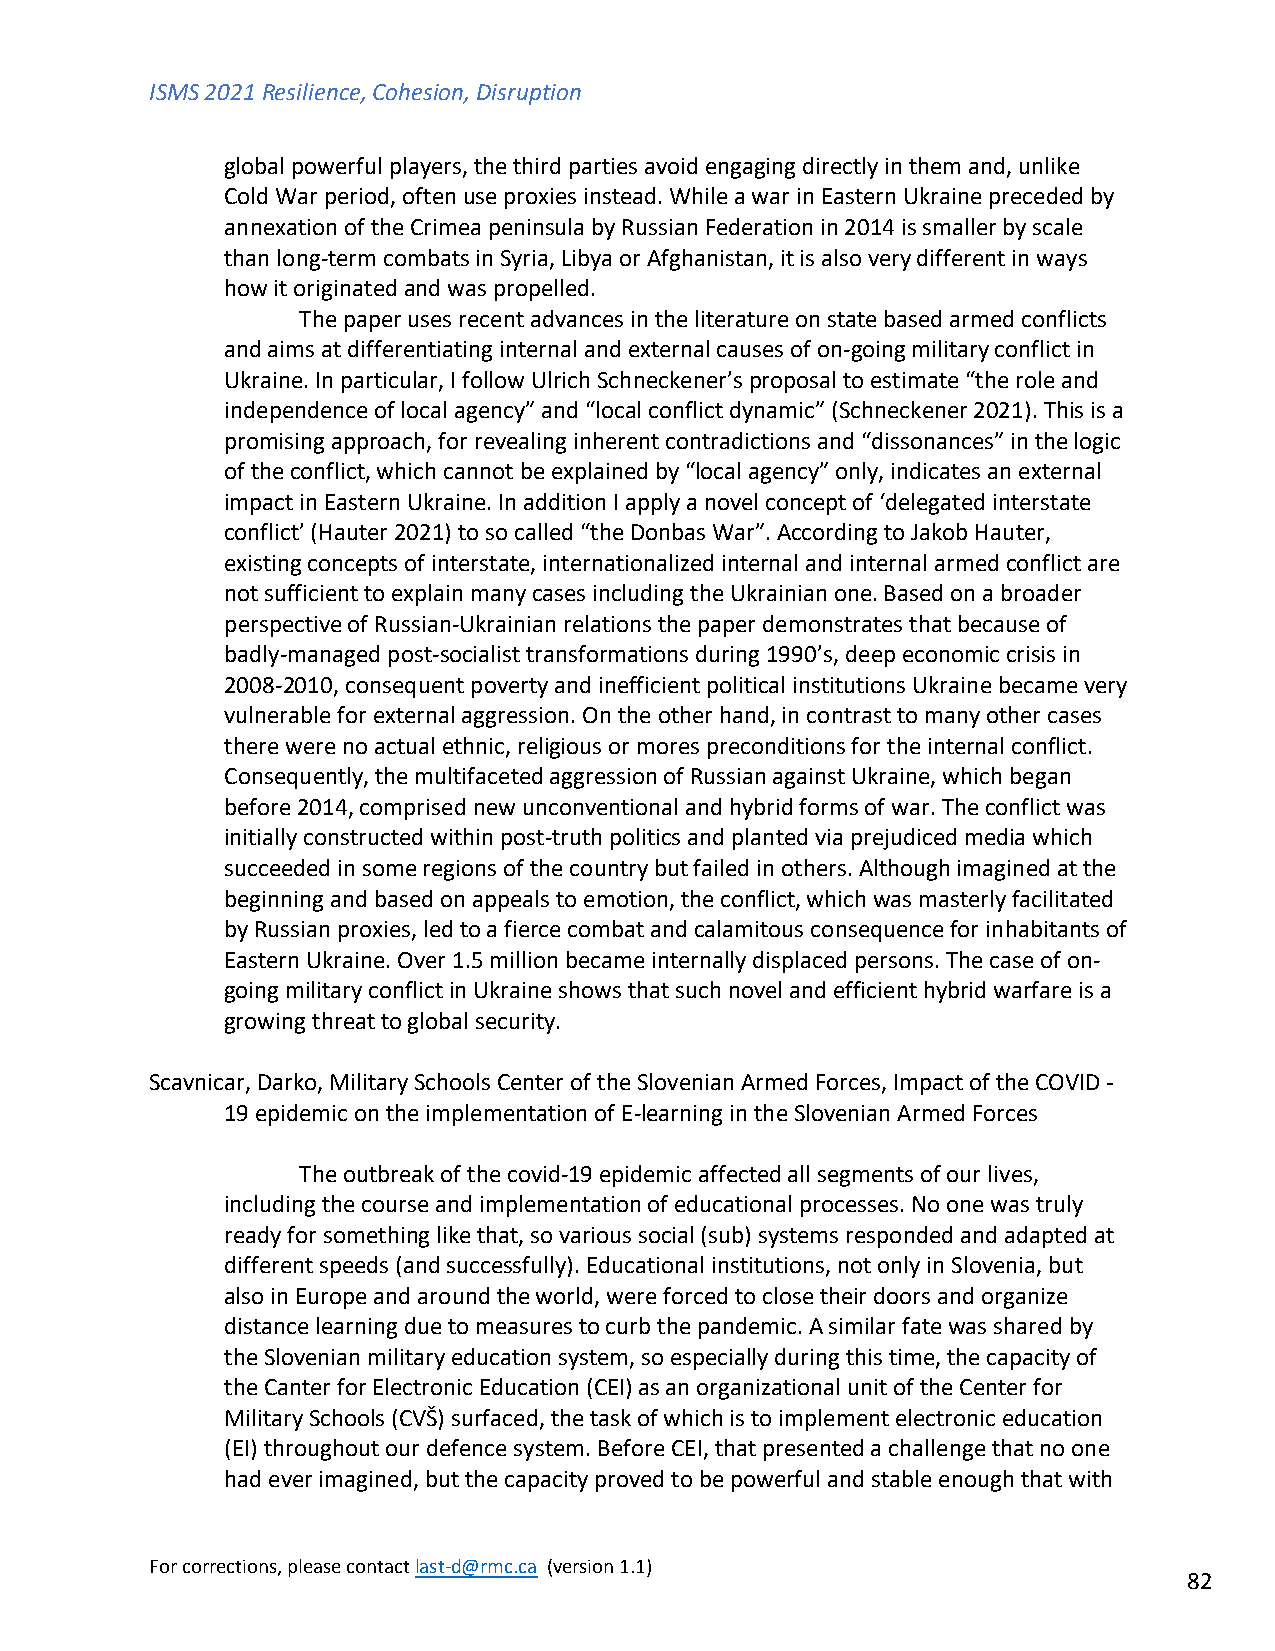
ISMS 2021 Resilience, Cohesion, Disruption
 global powerful players, the third parties avoid engaging directly in them and, unlike
 Cold War period, often use proxies instead. While a war in Eastern Ukraine preceded by
 annexation of the Crimea peninsula by Russian Federation in 2014 is smaller by scale
 than long-term combats in Syria, Libya or Afghanistan, it is also very different in ways
 how it originated and was propelled.
 The paper uses recent advances in the literature on state based armed conflicts
 and aims at differentiating internal and external causes of on-going military conflict in
 Ukraine. In particular, I follow Ulrich Schneckener’s proposal to estimate “the role and
 independence of local agency” and “local conflict dynamic” (Schneckener 2021). This is a
 promising approach, for revealing inherent contradictions and “dissonances” in the logic
 of the conflict, which cannot be explained by “local agency” only, indicates an external
 impact in Eastern Ukraine. In addition I apply a novel concept of ‘delegated interstate
 conflict’ (Hauter 2021) to so called “the Donbas War”. According to Jakob Hauter,
 existing concepts of interstate, internationalized internal and internal armed conflict are
 not sufficient to explain many cases including the Ukrainian one. Based on a broader
 perspective of Russian-Ukrainian relations the paper demonstrates that because of
 badly-managed post-socialist transformations during 1990’s, deep economic crisis in
 2008-2010, consequent poverty and inefficient political institutions Ukraine became very
 vulnerable for external aggression. On the other hand, in contrast to many other cases
 there were no actual ethnic, religious or mores preconditions for the internal conflict.
 Consequently, the multifaceted aggression of Russian against Ukraine, which began
 before 2014, comprised new unconventional and hybrid forms of war. The conflict was
 initially constructed within post-truth politics and planted via prejudiced media which
 succeeded in some regions of the country but failed in others. Although imagined at the
 beginning and based on appeals to emotion, the conflict, which was masterly facilitated
 by Russian proxies, led to a fierce combat and calamitous consequence for inhabitants of
 Eastern Ukraine. Over 1.5 million became internally displaced persons. The case of on-
 going military conflict in Ukraine shows that such novel and efficient hybrid warfare is a
 growing threat to global security.
 Scavnicar, Darko, Military Schools Center of the Slovenian Armed Forces, Impact of the COVID -
 19 epidemic on the implementation of E-learning in the Slovenian Armed Forces
 The outbreak of the covid-19 epidemic affected all segments of our lives,
 including the course and implementation of educational processes. No one was truly
 ready for something like that, so various social (sub) systems responded and adapted at
 different speeds (and successfully). Educational institutions, not only in Slovenia, but
 also in Europe and around the world, were forced to close their doors and organize
 distance learning due to measures to curb the pandemic. A similar fate was shared by
 the Slovenian military education system, so especially during this time, the capacity of
 the Canter for Electronic Education (CEI) as an organizational unit of the Center for
 Military Schools (CVŠ) surfaced, the task of which is to implement electronic education
 (EI) throughout our defence system. Before CEI, that presented a challenge that no one
 had ever imagined, but the capacity proved to be powerful and stable enough that with
 For corrections, please contact last-d@rmc.ca (version 1.1)
 82